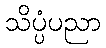
သိပ္ပံပညာ